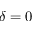
\delta = 0